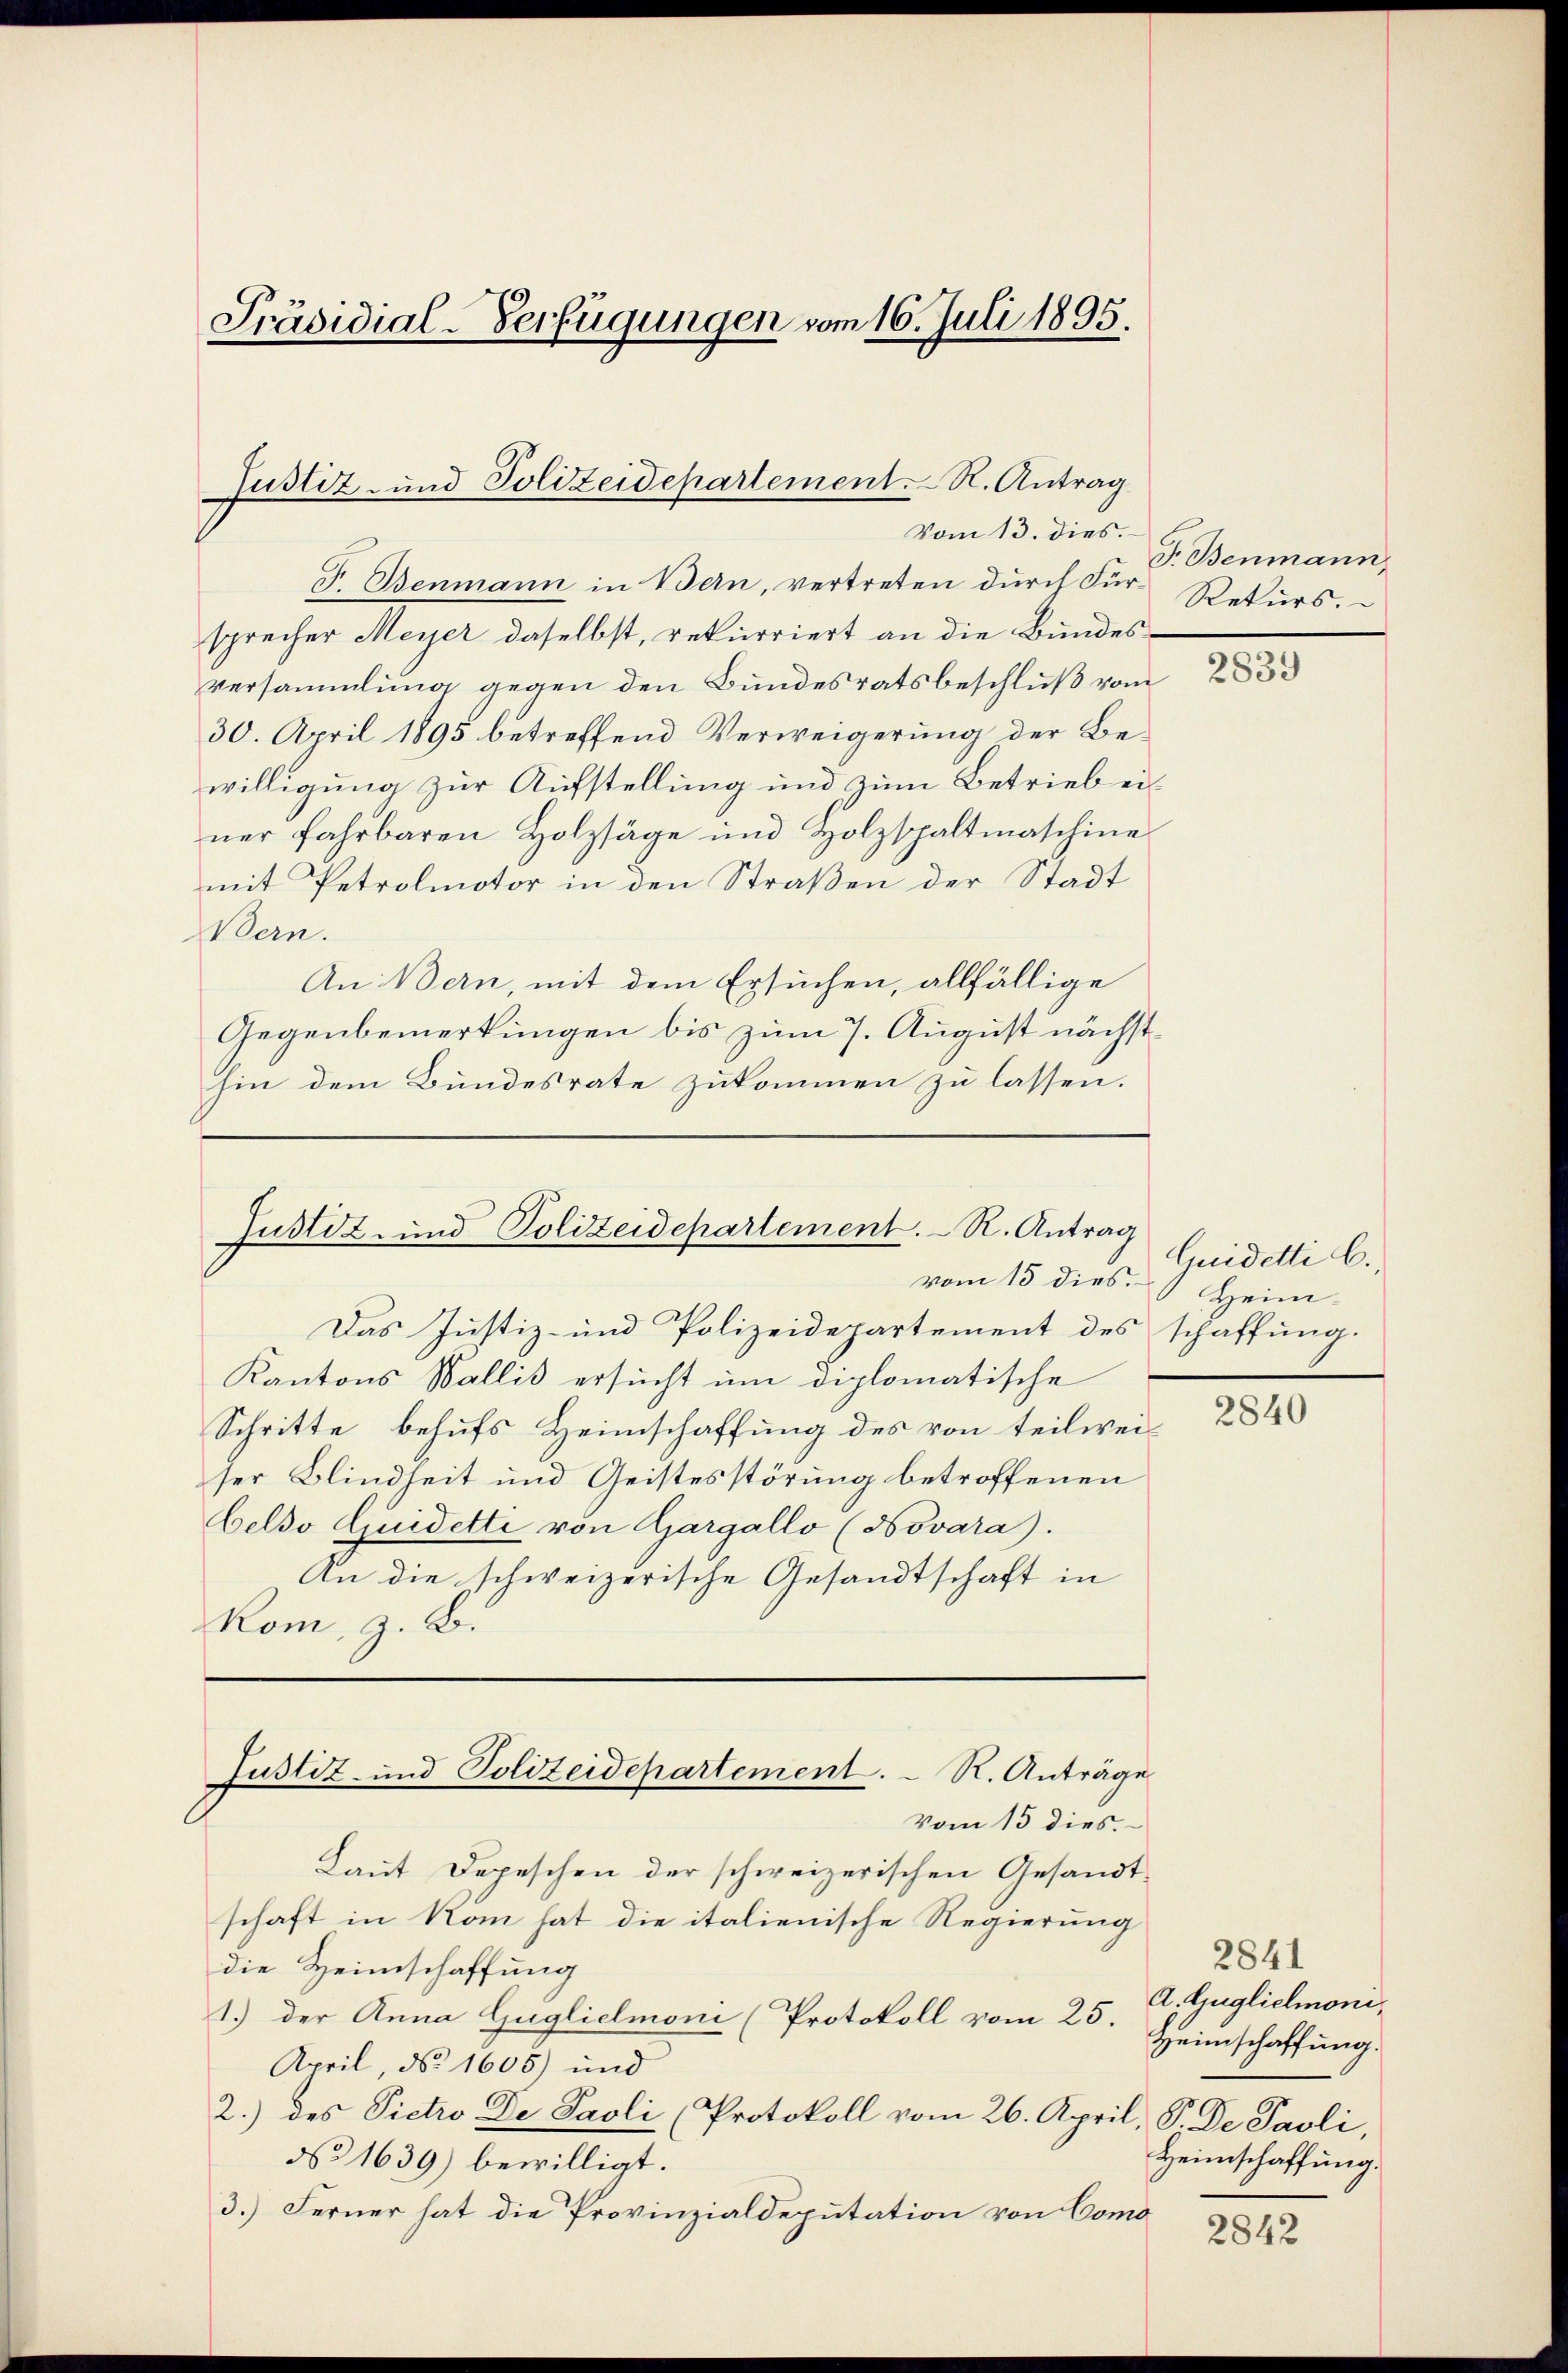
F. Benmann in Bern, vertreten dŭrch Für- Rekŭrs.
sprecher Meyer daselbst, rekurriert an die Bundesversammlung gegen den Bundesratsbeschluß vom
30. April 1895 betreffend Verweigerung der Bewilligung zur Aufstellung und zum Betrieb einer fahrbaren Holzsäge und Holzspaltmaschine
mit Petrolmotor in den Straßen der Stadt
Bern.
An Bern, mit dem Ersuchen, allfällige
Gegenbemerkungen bis zum 7. August nächsthin dem Bundesrate zukommen zu lassen.

Präsidial-Verfügungen vom 16. Juli 1895.

Justiz- und Polizeidepartement. R. Antrag
Vom 13. dies.

Justiz- und Polizeidepartement. R. Antrag
vom 13 dies.

Das Justiz- und Polizeidepartement des schaffung.
Kantons Wallis ersucht um diplomatische
Schritte behufs Heimschaffung des von teilwei-
ser Blindheit und Geistesstörung betroffenen
beldo Quidette von Gargallo (Novara.
An die schweizerische Gesandtschaft in
Rom, z. B.
Justiz- und Polizeidepartement. R. Anträge
vom 15 dies.
Laut Depeschen der schweizerischen Gesandtschaft in kam hat die italienische Regierung
die Heimschaffung
1.) Der Anna Gugliclmoni (Protokoll vom 25. A. Guglichnoni,
April, No 1605) und
2.) des Pietro De Paoli (Protokoll vom 26. April, P. De Paoli,
No 1639) bewilligt.
3.) Ferner hat die Provinzialdeputation von Como

F. Benmann,

2839

Quidetti C.
Heim

2840

2841
Heimschaffung.
Heimschaffung.

2842